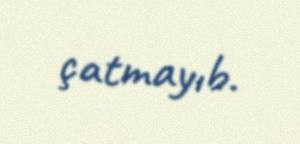
çatmayıb.